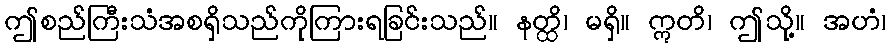
ဤစည်ကြီးသံအစရှိသည်ကိုကြားရခြင်းသည်။ နတ္ထိ၊ မရှိ။ ဣတိ၊ ဤသို့။ အဟံ၊